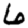
Digit: 6